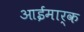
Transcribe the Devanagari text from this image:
आईमार्क